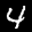
Label: 4